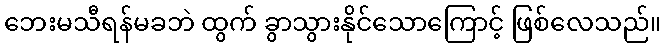
ဘေးမသီရန်မခဘဲ ထွက် ခွာသွားနိုင်သောကြောင့် ဖြစ်လေသည်။